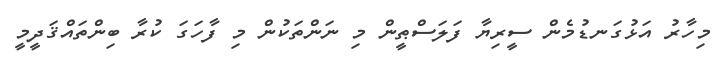
މިހާރު އަޅުގަނޑުމެން ސީރިޔާ ފަލަސްޠީން މި ނަންތަކުން މި ފާހަގަ ކުރާ ބިންތައްޤަދީމީ